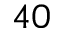
4 0